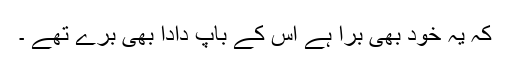
کہ یہ خود بھی برا ہے اس کے باپ دادا بھی برے تھے ۔